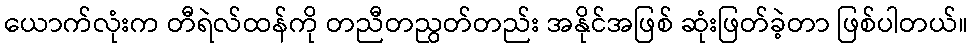
ယောက်လုံးက တီရဲလ်ထန်ကို တညီတညွတ်တည်း အနိုင်အဖြစ် ဆုံးဖြတ်ခဲ့တာ ဖြစ်ပါတယ်။